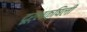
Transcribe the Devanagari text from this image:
दूर्लक्षिली